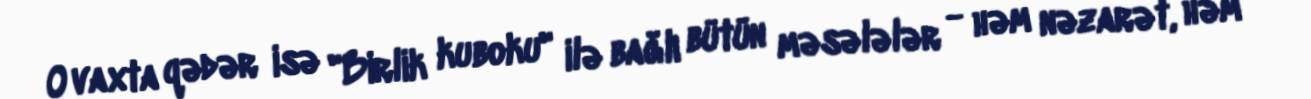
O vaxta qədər isə "Birlik kuboku" ilə bağlı bütün məsələlər - həm nəzarət, həm